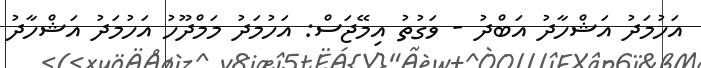
އަހުމަދު އަޝްހާދު އަބްދު - ވަގުތު އިމޭޖަސް: އަހުމަދު މަމްދޫހު އަހުމަދު އަޝްހާދު